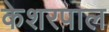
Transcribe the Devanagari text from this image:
केशरपाल